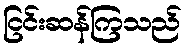
ငြင်းဆန်ကြသည်